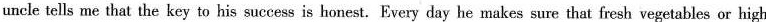
uncle tells me that the key to his success is honest. Every day he makes sure that fresh vegetables or high